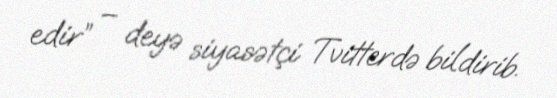
edir” – deyə siyasətçi Tvitterdə bildirib.